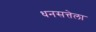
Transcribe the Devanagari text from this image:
धनसत्तेला